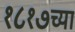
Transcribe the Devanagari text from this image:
१८१७च्या